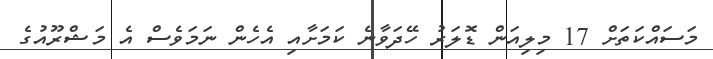
މަސައްކަތަށް 17 މިލިއަން ޑޮލަރު ހޭދަވާނެ ކަމަށާއި އެހެން ނަމަވެސް އެ މަޝްރޫއުގެ